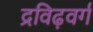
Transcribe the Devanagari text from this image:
द्रविढ़वर्ग